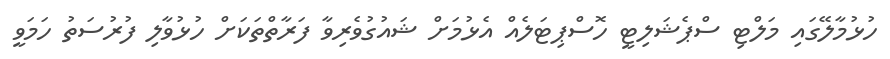
ހުޅުމާލޭގައި މަލްޓި ސްޕެޝަލިޓީ ހޮސްޕިޓަލެއް އެޅުމަށް ޝައުގުވެރިވާ ފަރާތްތަކަށް ހުޅުވާލި ފުރުސަތު ހަމަވީ